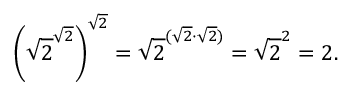
\left( { \sqrt { 2 } } ^ { \sqrt { 2 } } \right) ^ { \sqrt { 2 } } = { \sqrt { 2 } } ^ { ( { \sqrt { 2 } } \cdot { \sqrt { 2 } } ) } = { \sqrt { 2 } } ^ { 2 } = 2 .